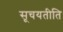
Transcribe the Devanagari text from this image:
सूचयतीति